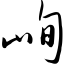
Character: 峋